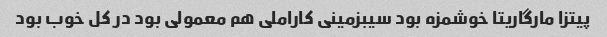
پیتزا مارگاریتا خوشمزه بود سیبزمینی کاراملی هم‌ معمولی بود در کل خوب بود